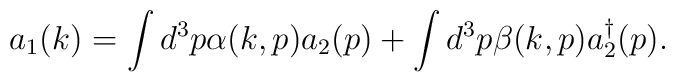
a_1(k)=\int d^3p \alpha(k,p)a_2(p) + \int d^3p \beta(k,p)a_2^{\dagger}(p).